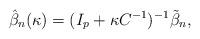
LaTeX: \begin{align*}\hat{\beta}_n(\kappa)= (I_p + \kappa C^{-1})^{-1}\tilde{\beta}_n,\end{align*}